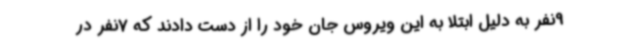
9نفر به دلیل ابتلا به این ویروس جان خود را از دست دادند که 7نفر در